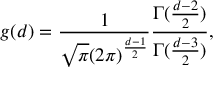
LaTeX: g ( d ) = \frac { 1 } { \sqrt { \pi } ( 2 \pi ) ^ { \frac { d - 1 } { 2 } } } \frac { \Gamma ( \frac { d - 2 } { 2 } ) } { \Gamma ( \frac { d - 3 } { 2 } ) } ,